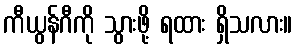
ကီယွန်ဂီကို သွားဖို့ ရထား ရှိသလား။